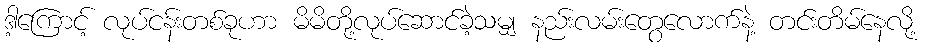
ဒါ့ကြောင့် လုပ်ငန်းတစ်ခုဟာ မိမိတို့လုပ်ဆောင်ခဲ့သမျှ နည်းလမ်းတွေလောက်နဲ့ တင်းတိမ်နေလို့